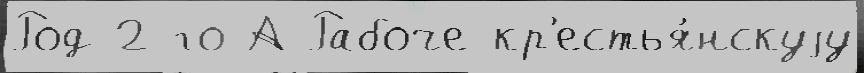
Род 2-го А Рабоче-кр'естья́нскуjу